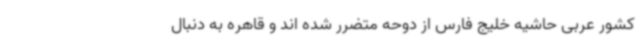
کشور عربی حاشیه خلیج فارس از دوحه متضرر شده اند و قاهره به دنبال